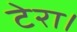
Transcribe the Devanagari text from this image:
टेरा।